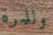
وللمرة